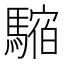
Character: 𩥥